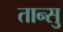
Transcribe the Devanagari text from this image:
तान्सु